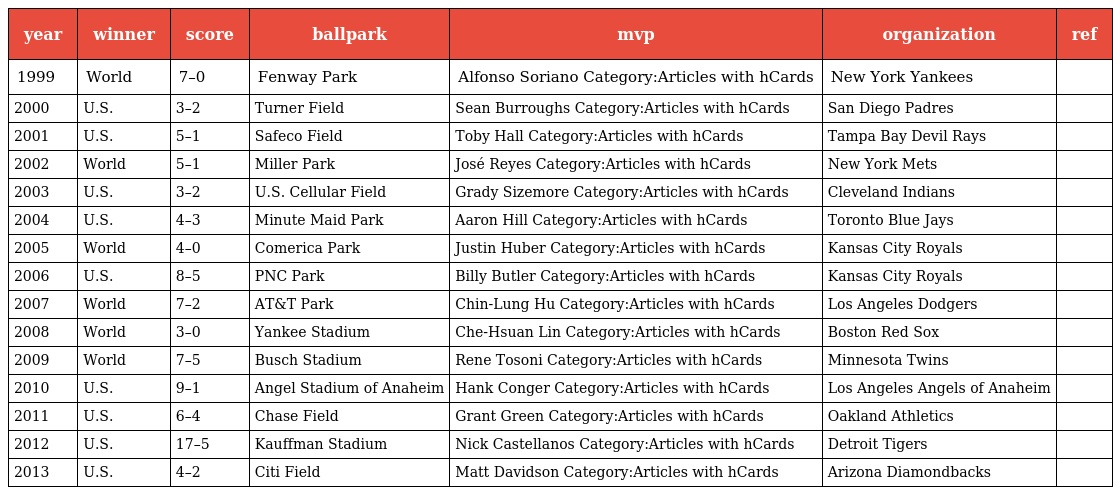
| year | winner | score | ballpark | mvp | organization | ref |
 | --- | --- | --- | --- | --- | --- | --- |
 | 1999 | World | 7–0 | Fenway Park | Alfonso Soriano Category:Articles with hCards | New York Yankees |  |
 | 2000 | U.S. | 3–2 | Turner Field | Sean Burroughs Category:Articles with hCards | San Diego Padres |  |
 | 2001 | U.S. | 5–1 | Safeco Field | Toby Hall Category:Articles with hCards | Tampa Bay Devil Rays |  |
 | 2002 | World | 5–1 | Miller Park | José Reyes Category:Articles with hCards | New York Mets |  |
 | 2003 | U.S. | 3–2 | U.S. Cellular Field | Grady Sizemore Category:Articles with hCards | Cleveland Indians |  |
 | 2004 | U.S. | 4–3 | Minute Maid Park | Aaron Hill Category:Articles with hCards | Toronto Blue Jays |  |
 | 2005 | World | 4–0 | Comerica Park | Justin Huber Category:Articles with hCards | Kansas City Royals |  |
 | 2006 | U.S. | 8–5 | PNC Park | Billy Butler Category:Articles with hCards | Kansas City Royals |  |
 | 2007 | World | 7–2 | AT&T Park | Chin-Lung Hu Category:Articles with hCards | Los Angeles Dodgers |  |
 | 2008 | World | 3–0 | Yankee Stadium | Che-Hsuan Lin Category:Articles with hCards | Boston Red Sox |  |
 | 2009 | World | 7–5 | Busch Stadium | Rene Tosoni Category:Articles with hCards | Minnesota Twins |  |
 | 2010 | U.S. | 9–1 | Angel Stadium of Anaheim | Hank Conger Category:Articles with hCards | Los Angeles Angels of Anaheim |  |
 | 2011 | U.S. | 6–4 | Chase Field | Grant Green Category:Articles with hCards | Oakland Athletics |  |
 | 2012 | U.S. | 17–5 | Kauffman Stadium | Nick Castellanos Category:Articles with hCards | Detroit Tigers |  |
 | 2013 | U.S. | 4–2 | Citi Field | Matt Davidson Category:Articles with hCards | Arizona Diamondbacks |  |